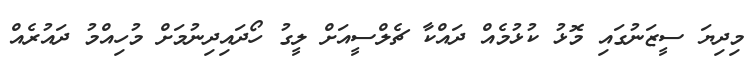
މިދިޔަ ސީޒަނުގައި މޮޅު ކުޅުމެއް ދައްކާ ޗެލްސީއަށް ލީގު ހޯދައިދިނުމަށް މުހިއްމު ދައުރެއް